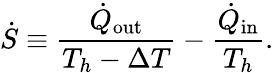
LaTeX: \dot{S}\equiv\frac{\dot{Q}_{\mathrm{out}}}{T_{h}-\Delta T}-\frac{\dot{Q}_{\mathrm{in}}}{T_{h}}.